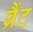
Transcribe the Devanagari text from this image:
ब्रैंट